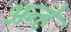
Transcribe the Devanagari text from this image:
अन्हे